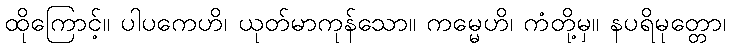
ထိုကြောင့်။ ပါပကေဟိ၊ ယုတ်မာကုန်သော။ ကမ္မေဟိ၊ ကံတို့မှ။ နပရိမုတ္တော၊